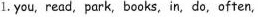
1. you, read, park, books, in, do,often,